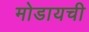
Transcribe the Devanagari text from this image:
मोडायची